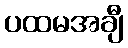
ပထမအချီ